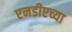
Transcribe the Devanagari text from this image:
एनडीएच्या